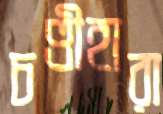
চণ্ডীহারা